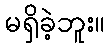
မရှိခဲ့ဘူး။